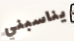
يناسبني